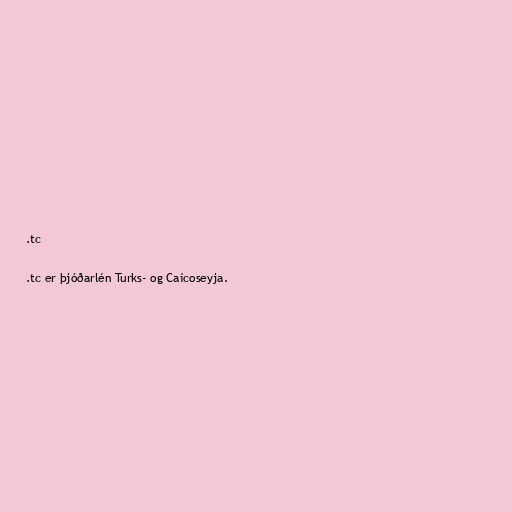
.tc

.tc er þjóðarlén Turks- og Caicoseyja.